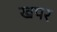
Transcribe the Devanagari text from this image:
खपर